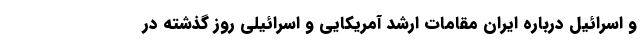
و اسرائیل درباره ایران مقامات ارشد آمریکایی و اسرائیلی روز گذشته در